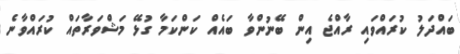
ބައްދަލު ކުރައްވައި ރާއްޖެ އިން ބޭނުންވާ ބައެއް ކަންކަމާ ގުޅޭ މަޝްވަރާތައް ކުރައްވާނެ